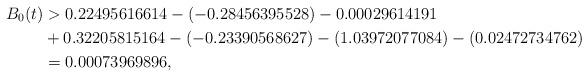
LaTeX: \begin{align*}B_0(t) & > 0.22495616614 - (-0.28456395528) - 0.00029614191 \\ & + 0.32205815164 - (-0.23390568627) - (1.03972077084) - (0.02472734762) \\ & = 0.00073969896 , \end{align*}